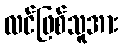
လင်ဖြစ်သူအား